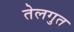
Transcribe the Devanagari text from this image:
तेलगुत